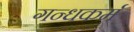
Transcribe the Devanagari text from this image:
गन्धकर्म